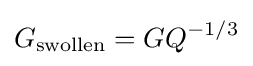
G_{\textrm {swollen}}=GQ^{-1/3}